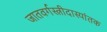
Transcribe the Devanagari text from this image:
जातवर्गस्त्रीदास्यांतक